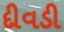
દીવડી